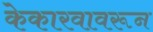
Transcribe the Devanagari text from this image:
केकारवावरून